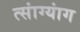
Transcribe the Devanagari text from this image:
त्सांग्यांग